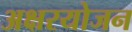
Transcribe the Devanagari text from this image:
अक्षरयोजन